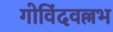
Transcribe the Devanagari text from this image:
गोविंदवल्लभ